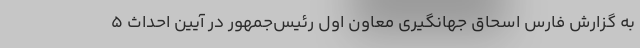
به گزارش فارس اسحاق جهانگیری معاون اول رئیس‌جمهور در آیین احداث ۵